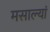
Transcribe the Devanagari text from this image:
मसाल्यां